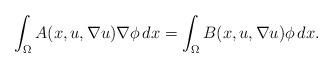
LaTeX: \begin{align*}\int_\Omega A(x,u,\nabla u)\nabla\phi\,dx = \int_\Omega B(x,u,\nabla u)\phi\,dx.\end{align*}